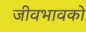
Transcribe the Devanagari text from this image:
जीवभावको